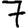
Digit: 7